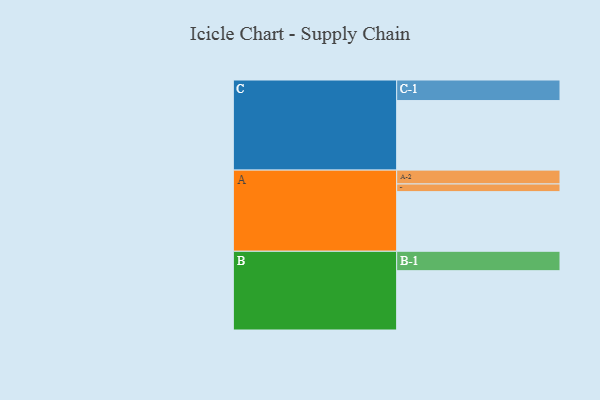
{"axis": {"x": "Segment", "y": "Value"}, "legend": ["", "A", "B", "C"], "data": [{"x": "A", "y": 513, "type": ""}, {"x": "B", "y": 510, "type": ""}, {"x": "C", "y": 598, "type": ""}, {"x": "A-1", "y": 66, "type": "A"}, {"x": "A-2", "y": 119, "type": "A"}, {"x": "B-1", "y": 167, "type": "B"}, {"x": "C-1", "y": 177, "type": "C"}]}